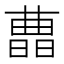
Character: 𣊛